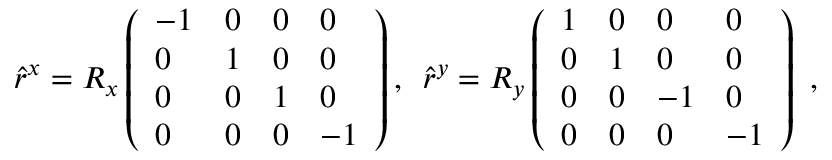
\hat { r } ^ { x } = R _ { x } \left( \begin{array} { l l l l } { - 1 } & { 0 } & { 0 } & { 0 } \\ { 0 } & { 1 } & { 0 } & { 0 } \\ { 0 } & { 0 } & { 1 } & { 0 } \\ { 0 } & { 0 } & { 0 } & { - 1 } \end{array} \right) , \, \, \, \hat { r } ^ { y } = R _ { y } \left( \begin{array} { l l l l } { 1 } & { 0 } & { 0 } & { 0 } \\ { 0 } & { 1 } & { 0 } & { 0 } \\ { 0 } & { 0 } & { - 1 } & { 0 } \\ { 0 } & { 0 } & { 0 } & { - 1 } \end{array} \right) \mathrm { ~ , ~ }